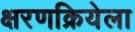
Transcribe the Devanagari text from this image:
क्षरणक्रियेला